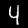
Label: 4